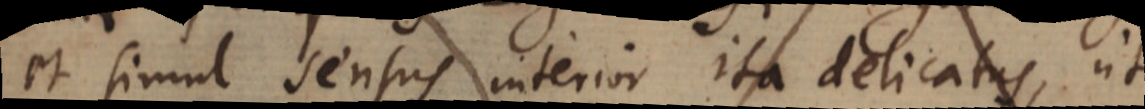
et simul sensus interior ita delicatus, ut